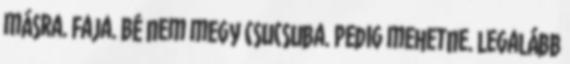
másra. Faja. Bé nem megy csucsuba. Pedig mehetne. Legalább